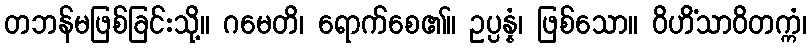
တဘန်မဖြစ်ခြင်းသို့။ ဂမေတိ၊ ရောက်စေ၏။ ဥပ္ပန္နံ၊ ဖြစ်သော။ ဝိဟိံသာဝိတက္ကံ၊